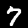
Label: 7